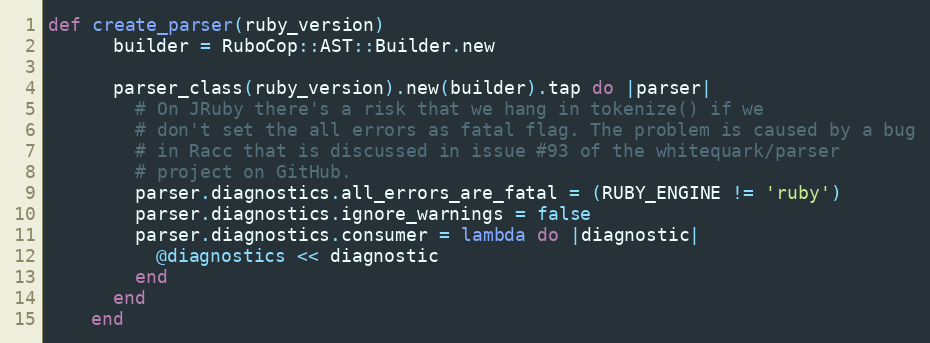
Language: Ruby
def create_parser(ruby_version)
      builder = RuboCop::AST::Builder.new

      parser_class(ruby_version).new(builder).tap do |parser|
        # On JRuby there's a risk that we hang in tokenize() if we
        # don't set the all errors as fatal flag. The problem is caused by a bug
        # in Racc that is discussed in issue #93 of the whitequark/parser
        # project on GitHub.
        parser.diagnostics.all_errors_are_fatal = (RUBY_ENGINE != 'ruby')
        parser.diagnostics.ignore_warnings = false
        parser.diagnostics.consumer = lambda do |diagnostic|
          @diagnostics << diagnostic
        end
      end
    end